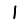
Digit: 1